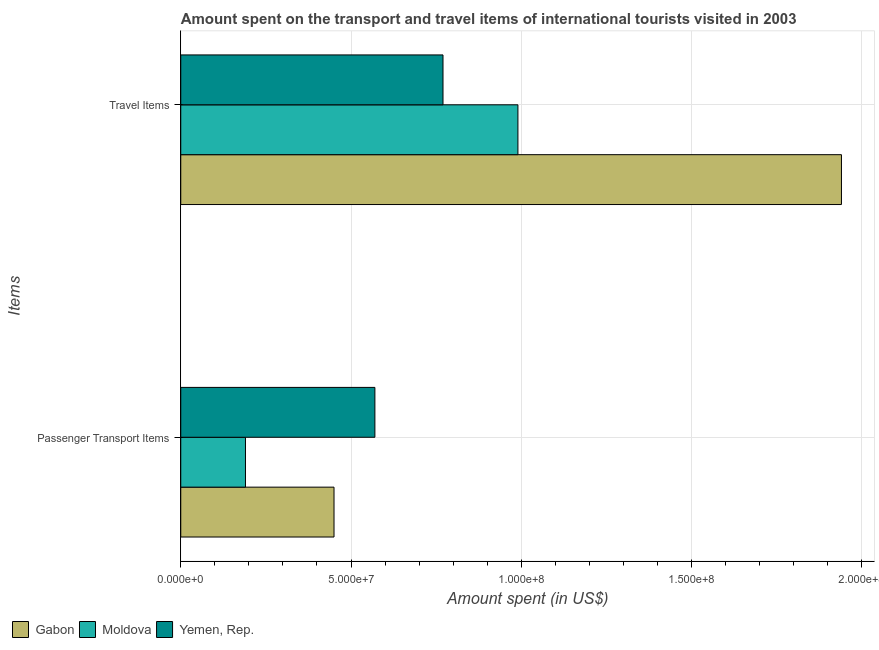
| Items | Gabon | Moldova | Yemen, Rep. |
 | --- | --- | --- | --- |
 | Passenger Transport Items | 4.5e+07 | 1.9e+07 | 5.7e+07 |
 | Travel Items | 1.94e+08 | 9.9e+07 | 7.7e+07 |